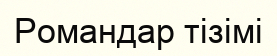
Романдар тізімі